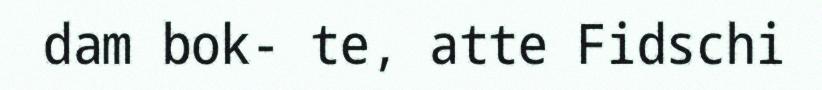
dam bok- te, atte Fidschi